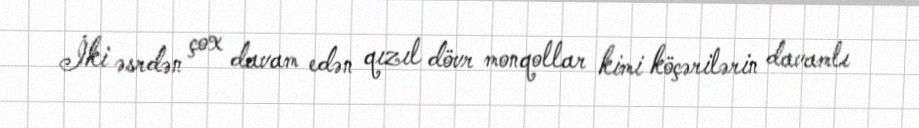
İki əsrdən çox davam edən qızıl dövr monqollar kimi köçərilərin davamlı